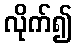
လိုက်၍